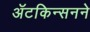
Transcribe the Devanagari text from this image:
ॲटकिन्सनने